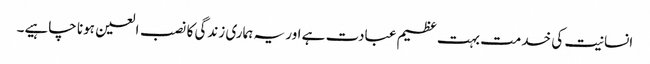
انسانیت کی خدمت بہت عظیم عبادت ہے اور یہ ہماری زندگی کا نصب العین ہونا چاہیے۔